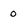
Character: 0